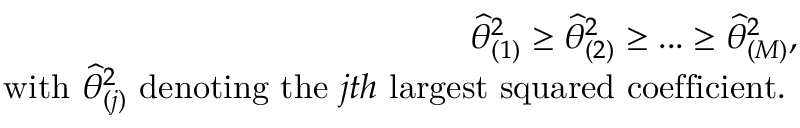
\begin{array} { r } { \widehat { \theta } _ { ( 1 ) } ^ { 2 } \geq \widehat { \theta } _ { ( 2 ) } ^ { 2 } \geq . . . \geq \widehat { \theta } _ { ( M ) } ^ { 2 } , } \\ { \mathrm { ~ w i t h ~ } \widehat { \theta } _ { ( j ) } ^ { 2 } \mathrm { ~ d e n o t i n g ~ t h e ~ } j t h \mathrm { ~ l a r g e s t ~ s q u a r e d ~ c o e f f i c i e n t . ~ } } \end{array}